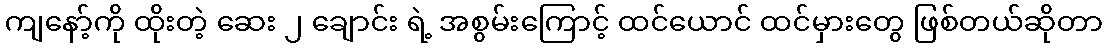
ကျနော့်ကို ထိုးတဲ့ ဆေး ၂ ချောင်း ရဲ့ အစွမ်းကြောင့် ထင်ယောင် ထင်မှားတွေ ဖြစ်တယ်ဆိုတာ